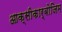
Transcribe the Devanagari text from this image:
आक्‍सीकार्बोजिम